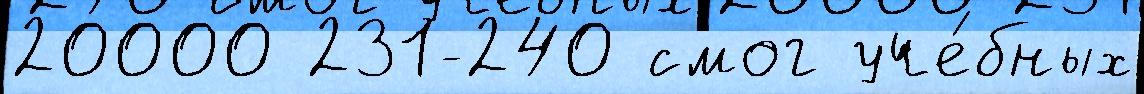
20000 231-240 смог уче́бных